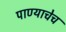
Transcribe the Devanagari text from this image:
पाण्याचेच